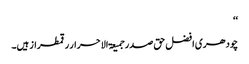
‘‘
چودھری افضل حق صدر جمیعۃ الاحرار رقمطراز ہیں۔